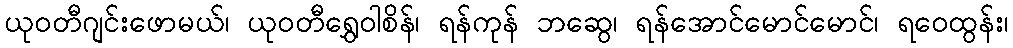
ယုဝတီဂျင်းဖောမယ်၊ ယုဝတီရွှေဝါစိန်၊ ရန်ကုန် ဘဆွေ၊ ရန်အောင်မောင်မောင်၊ ရဝေထွန်း၊